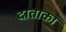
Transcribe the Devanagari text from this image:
दाताका